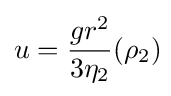
u={\frac {gr^{2}}{3\eta _{2}}}(\rho _{2})\!